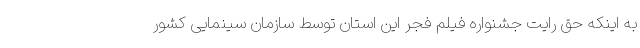
به اینکه حق رایت جشنواره فیلم فجر این استان توسط سازمان سینمایی کشور